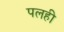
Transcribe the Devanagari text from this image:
पलही